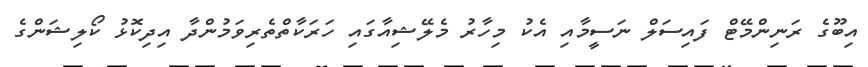
އިބޫގެ ރަނިންމޭޓް ފައިސަލް ނަސީމާއި އެކު މިހާރު މެލޭޝިއާގައި ހަރަކާތްތެރިވަމުންދާ އިދިކޮޅު ކޯލިޝަންގެ